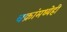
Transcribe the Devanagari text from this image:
चक्रांमध्येही